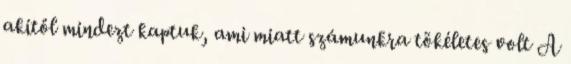
akitől mindezt kaptuk, ami miatt számunkra tökéletes volt A